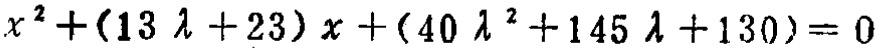
\(x^{2}+(13\lambda + 23)x+(40\lambda^{2}+145\lambda + 130)=0\)